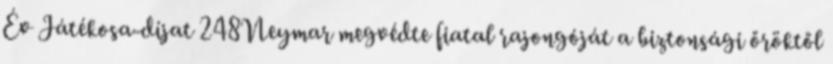
Év Játékosa-díjat 248Neymar megvédte fiatal rajongóját a biztonsági őröktől